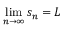
\operatorname* { l i m } _ { n \to \infty } s _ { n } = L